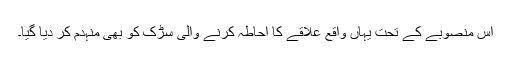
اس منصوبے کے تحت یہاں واقع علاقے کا احاطہ کرنے والی سڑک کو بھی منہدم کر دیا گیا۔